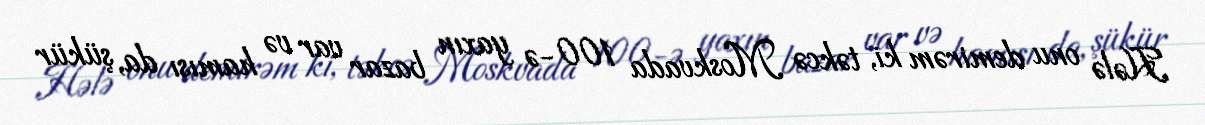
Hələ onu demirəm ki, təkcə Moskvada 100-ə yaxın bazar var və hamısı da, şükür